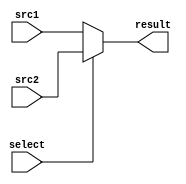
module MUX2to1(
	input      src1,
	input      src2,
	input	   select,
	output reg result
	);
/* Write your code HERE */
always @(*)begin
    result<=(select==0)?src1:src2;
end
endmodule